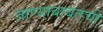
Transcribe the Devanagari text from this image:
जाण्याबाबतची